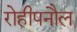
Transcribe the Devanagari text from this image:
रोहीपनौल